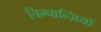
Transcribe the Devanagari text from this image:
चिम्पान्ज़ियों